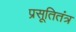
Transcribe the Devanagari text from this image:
प्रसूतितंत्र